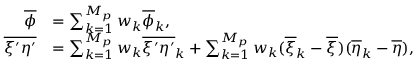
\begin{array} { r l } { \overline { { \phi } } } & { = \sum _ { k = 1 } ^ { M _ { p } } w _ { k } \overline { { \phi } } _ { k } , } \\ { \overline { { \xi ^ { \prime } \eta ^ { \prime } } } } & { = \sum _ { k = 1 } ^ { M _ { p } } w _ { k } \overline { { \xi ^ { \prime } \eta ^ { \prime } } } _ { k } + \sum _ { k = 1 } ^ { M _ { p } } w _ { k } ( \overline { { \xi } } _ { k } - \overline { { \xi } } ) ( \overline { { \eta } } _ { k } - \overline { { \eta } } ) , } \end{array}